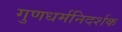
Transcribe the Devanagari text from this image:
गुणधर्मनिदर्शक